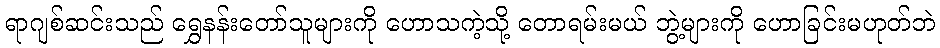
ရာဂျစ်ဆင်းသည် ရွှေနန်းတော်သူများကို ဟောသကဲ့သို့ တောရမ်းမယ် ဘွဲ့များကို ဟောခြင်းမဟုတ်ဘဲ